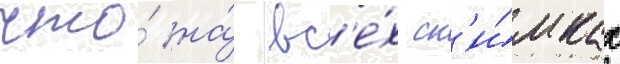
что́ на́ вс'е́х сн'и́мках